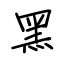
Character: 黑